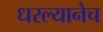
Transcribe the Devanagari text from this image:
धरल्यानेच